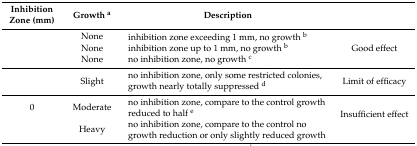
<table><thead><tr><td><b>Inhibition Zone (mm)</b></td><td><b>Growth <sup>a</sup></b></td><td><b>Description</b></td><td>[EMPTY_CELL]</td></tr></thead><tbody><tr><td>[EMPTY_CELL]</td><td>None</td><td>inhibition zone exceeding 1 mm, no growth <sup>b</sup></td><td rowspan="3">Good effect</td></tr><tr><td>[EMPTY_CELL]</td><td>None</td><td>inhibition zone up to 1 mm, no growth <sup>b</sup></td></tr><tr><td>[EMPTY_CELL]</td><td>None</td><td>no inhibition zone, no growth <sup>c</sup></td></tr><tr><td>[EMPTY_CELL]</td><td>Slight</td><td>no inhibition zone, only some restricted colonies, growth nearly totally suppressed <sup>d</sup></td><td>Limit of efficacy</td></tr><tr><td>0</td><td>Moderate</td><td>no inhibition zone, compare to the control growth reduced to half <sup>e</sup></td><td rowspan="2">Insufficient effect</td></tr><tr><td>[EMPTY_CELL]</td><td>Heavy</td><td>no inhibition zone, compare to the control no growth reduction or only slightly reduced growth</td></tr></tbody></table>